Civil Veterinary Dept. North-West Frontier Province 1901-22 - 1901-1922
Year: 1901
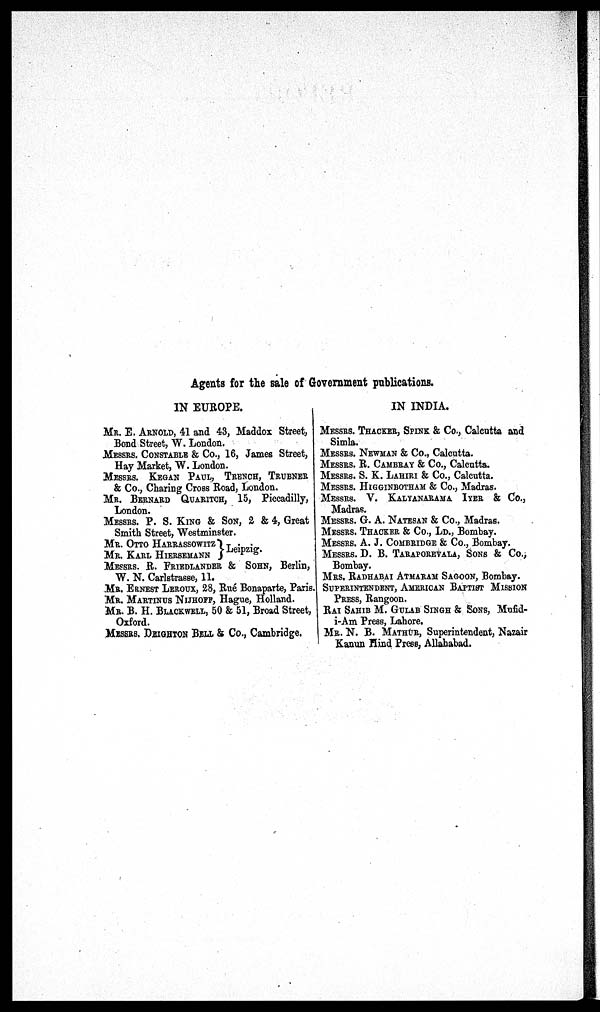
Agents for the sale of Government publications.
IN EUROPE.
MR. E. ARNOLD, 41 and 43, Maddox Street,
Bond Street, W. London.
MESSRS. CONSTABLE & Co., 16, James Street,
Hay Market, W. London.
MESSRS. KEGAN PAUL, TRENCH, TRUBNER
& Co., Charing Cross Road, London.
MR. BERNARD QUARITCH, 15, Piccadilly,
London.
MESSRS. P. S. KING & SON, 2 & 4, Great
Smith Street, Westminster.
MR.
OTTO
HARRASSOWITZ
MR. KARL HIERSEMANN
}Leipzig.
MESSRS. R. FRIEDLANDER & SOHN, Berlin,
W. N. Carlstrasse, 11.
MR. ERNEST LEROUX, 28, Rué Bonaparte, Paris.
MR. MARTINUS NIJHOFF, Hague, Holland.
MR. B. H. BLACKWELL, 50 & 51, Broad Street,
Oxford.
MESSES. DEIGHTON BELL & Co., Cambridge.
IN INDIA.
MESSRS. THACKER, SPINK & Co., Calcutta and
Simla.
MESSRS. NEWMAN & Co., Calcutta.
MESSRS. R. CAMBRAY & Co., Calcutta.
MESSRS. S. K. LAHIRI & Co., Calcutta.
MESSRS. HIGGINBOTHAMAM & Co., Madras.
MESSRS. V. KALYANARAMA IYER & Co.,
Madras.
MESSRS. G. A. NATESAN & Co., Madras.
MESSRS. THACKER & Co., LD., Bombay.
MESSRS. A. J. COMBRIDGE & Co., Bombay.
MESSRS. D. B. TARAPOREVALA, SONS & Co.,
Bombay.
MRS. RADHABAI ATMARAM SAGOON, Bombay.
SUPRINTENDENT, AMERICAN BAPTIST MISSION
PRESS, Rangoon.
RAI SAHIB M. GULAB SINGH & SONS, Mufid-
i-Am Press, Lahore.
MR. N. B. MATHUR, Superintendent, Nazair
Kanun Hind Press, Allahabad.